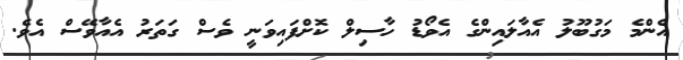
އެންމެ މަގުބޫލު އެއާލައިންގެ އެވޯޑު ހާސިލް ކޮށްފައިވަނީ ވެސް ގަތަރު އެއާވޭސް އެވެ.